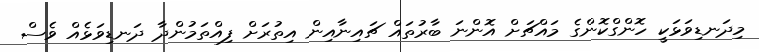
މިދަނޑިވަޅަކީ ހޮންގްކޮންގެ މައްޗަށް އޮންނަ ބާރުތައް ޗައިނާއިން އިތުރަށް ފިއްތަމުންދާ ދަނޑިވަޅެއް ވެސް